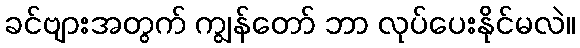
ခင်ဗျားအတွက် ကျွန်တော် ဘာ လုပ်ပေးနိုင်မလဲ။